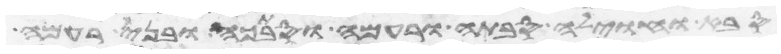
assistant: סבה וחוילה סבתה ורעמה וסבתכה ובני רעמה